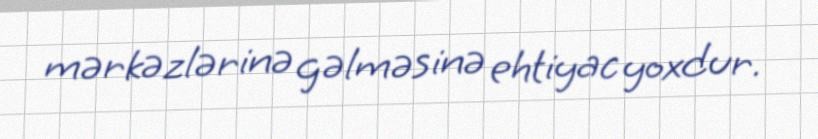
mərkəzlərinə gəlməsinə ehtiyac yoxdur.